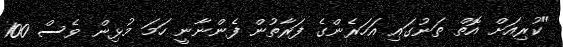
"ކުރިއަށް އޮތް ތަނުގައި އަހަރެންގެ ފަރާތުން ފެންނާނީ ހަމަ މުޅިން ވެސް 100